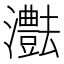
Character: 𤄝